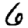
Digit: 6